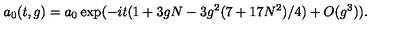
a _ { 0 } ( t , g ) = a _ { 0 } \exp ( - i t ( 1 + 3 g N - 3 g ^ { 2 } ( 7 + 1 7 N ^ { 2 } ) / 4 ) + O ( g ^ { 3 } ) ) .